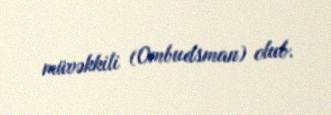
müvəkkili (Ombudsman) olub.